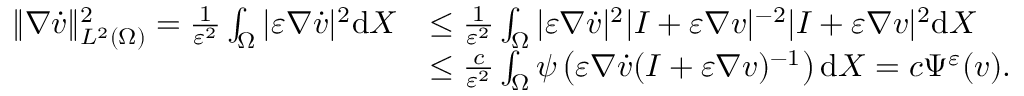
\begin{array} { r l } { \| \nabla \dot { v } \| _ { L ^ { 2 } ( \Omega ) } ^ { 2 } = \frac { 1 } { \varepsilon ^ { 2 } } \int _ { \Omega } | \varepsilon \nabla \dot { v } | ^ { 2 } \mathrm { d } X } & { \leq \frac { 1 } { \varepsilon ^ { 2 } } \int _ { \Omega } | \varepsilon \nabla \dot { v } | ^ { 2 } | I + \varepsilon \nabla v | ^ { - 2 } | I + \varepsilon \nabla v | ^ { 2 } \mathrm { d } X } \\ & { \leq \frac { c } { \varepsilon ^ { 2 } } \int _ { \Omega } \psi \left( \varepsilon \nabla \dot { v } ( I + \varepsilon \nabla v ) ^ { - 1 } \right) \mathrm { d } X = c \Psi ^ { \varepsilon } ( v ) . } \end{array}